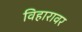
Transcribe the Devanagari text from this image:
विहारावर